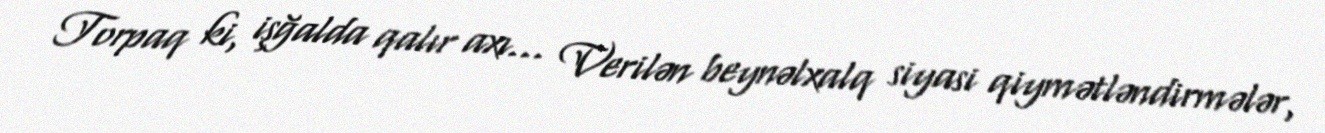
Torpaq ki, işğalda qalır axı... Verilən beynəlxalq siyasi qiymətləndirmələr,